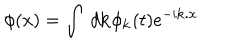
LaTeX: \phi ( x ) = \int ~ d { \bf k } \phi _ { { \bf k } } ( t ) e ^ { - i { \bf k } . { \bf x } }